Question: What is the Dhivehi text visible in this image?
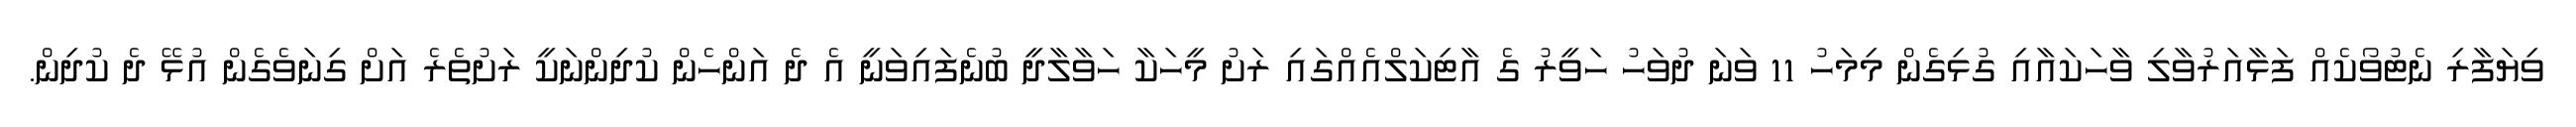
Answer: ވިޔަފާރި ނެޓުވޯކެއް ފަޅާއަރުވާލި ވާހަކައާއި ގުޅިގެން މިމަހު 11 ވަނަ ދުވަހު ހަވީރު ގެ އާޓިކަލްއެއްގައި ރަށު މީހަކާ ހަވާލާދީ ބުނެފައިވަނީ އެ ދެ އަންހެން ކުދިންނަކީ ރަށުތެރެ އަށް ގިނަވެގެން އުޅޭ ދެ ކުދިން.